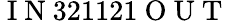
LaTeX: \mathrm{~I~N~}321121\mathrm{~O~U~T~}